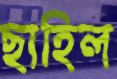
ছাহিল